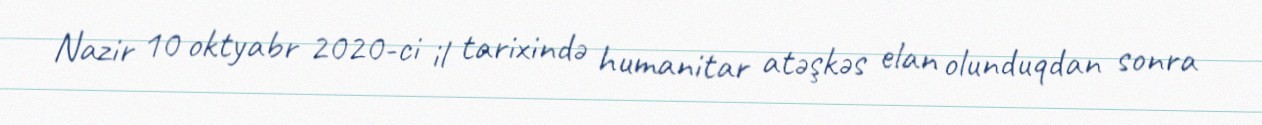
Nazir 10 oktyabr 2020-ci il tarixində humanitar atəşkəs elan olunduqdan sonra